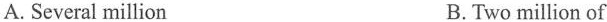
A. Several million B.Two million of